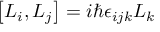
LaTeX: \left[ L _ { i } , L _ { j } \right] = i \hbar \epsilon _ { i j k } L _ { k }